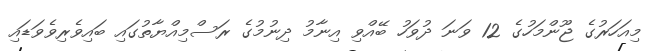
މިއަހަރުގެ ޖޫންމަހުގެ 12 ވަނަ ދުވަހު ބޭއްވި އިނާމު ދިނުމުގެ ރަސްމިއްޔާތުގައި ބައިވެރިވެވަޑައި